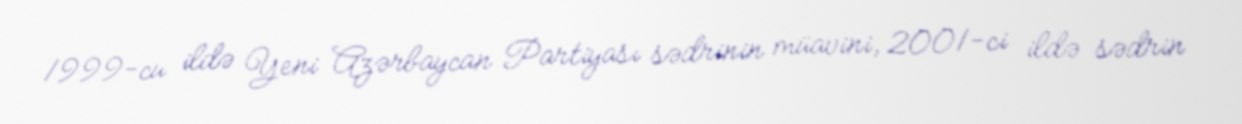
1999-cu ildə Yeni Azərbaycan Partiyası sədrinin müavini, 2001-ci ildə sədrin